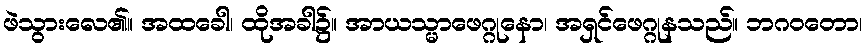
ဖဲသွားလေ၏။ အထခေါ၊ ထိုအခါ၌။ အာယသ္မာဖေဂ္ဂုနော၊ အရှင်ဖေဂ္ဂုနသည်။ ဘဂဝတော၊